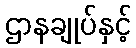
ဌာနချုပ်နှင့်